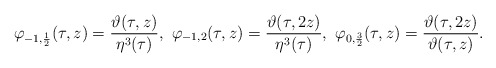
\begin{align*} \varphi_{-1,\frac{1}{2}}(\tau,z)=\frac{\vartheta(\tau,z)}{\eta^3(\tau)}, \ \varphi_{-1,2}(\tau,z)=\frac{\vartheta(\tau,2z)}{\eta^3(\tau)},\ \varphi_{0,\frac{3}{2}}(\tau,z)=\frac{\vartheta(\tau,2z)}{\vartheta(\tau,z)}.\end{align*}